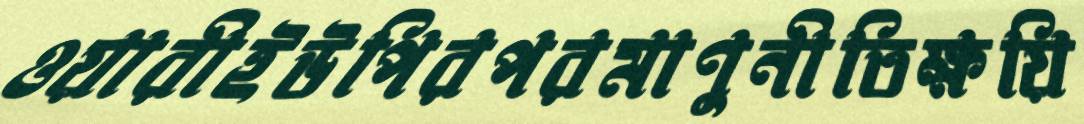
ওয়ারীইউপিরপরমাণুনীতিক্ষয়ি